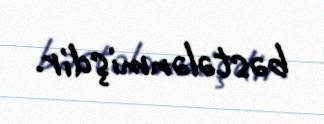
bəstələnmişdir.